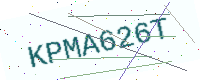
Text: KPMA626T